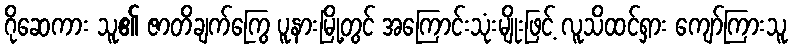
ဂိုဆေကား သူ၏ ဇာတိချက်ကြွေ ပူနားမြို့တွင် အကြောင်းသုံးမျိုးဖြင့် လူသိထင်ရှား ကျော်ကြားသူ